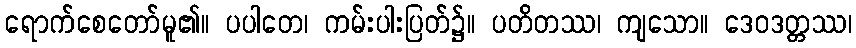
ရောက်စေတော်မူ၏။ ပပါတေ၊ ကမ်းပါးပြတ်၌။ ပတိတဿ၊ ကျသော။ ဒေဝဒတ္တဿ၊